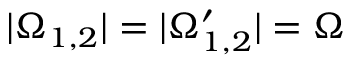
| \Omega _ { 1 , 2 } | = | \Omega _ { 1 , 2 } ^ { \prime } | = \Omega